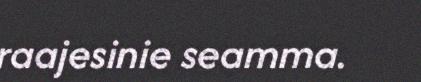
raajesinie seamma.